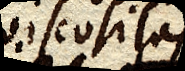
viscositas,